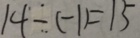
1 4 - ( - 1 ) = 1 5